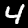
Label: 4